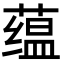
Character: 蕴